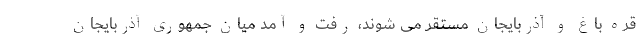
قره باغ و آذربایجان مستقر می شوند، رفت و آمد میان جمهوری آذربایجان